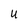
Character: U